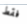
فقط